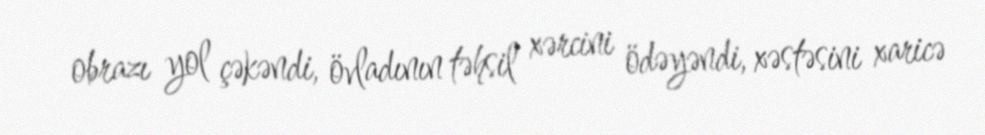
obrazı yol çəkəndi, övladının təhsil xərcini ödəyəndi, xəstəsini xaricə